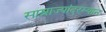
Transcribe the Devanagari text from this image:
साम्राज्यांदरम्यान